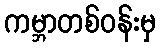
ကမ္ဘာတစ်ဝန်းမှ